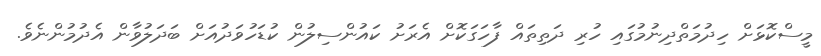
މީސްކޮޅަށް ހިދުމަތްދިނުމުގައި ހުރި ދަތިތައް ފާހަގަކޮށް އެރަށު ކައުންސިލުން ކުޑަހުވަދުއަށް ބަދަލުވާން އެދުމުންނެވެ.